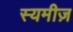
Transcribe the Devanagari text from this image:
स्यमीज़